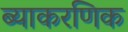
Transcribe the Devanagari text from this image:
ब्याकरणिक